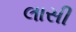
લાસી